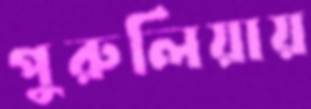
পুরুলিয়ায়